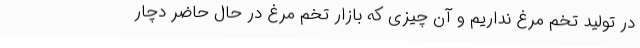
در تولید تخم مرغ نداریم و آن چیزی که بازار تخم مرغ در حال حاضر دچار